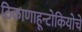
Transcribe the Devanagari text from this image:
ठिकाणाहून्टोकियोचे